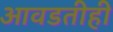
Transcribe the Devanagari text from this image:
आवडतीही